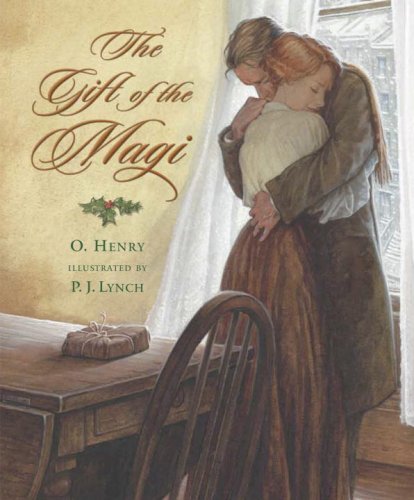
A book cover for The Gift of the Magi; O. Henry; Teen & Young Adult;